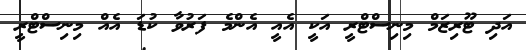
އަދި ޓޫރިޒަމް މިނިސްޓްރީ އަކީ އެއީ އެންމެ ފަރުވާ ކުޑަ އެއް މިނިސްޓްރީ